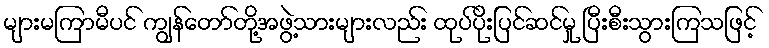
များမကြာမီပင် ကျွန်တော်တို့အဖွဲ့သားများလည်း ထုပ်ပိုးပြင်ဆင်မှု ပြီးစီးသွားကြသဖြင့်